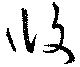
攸